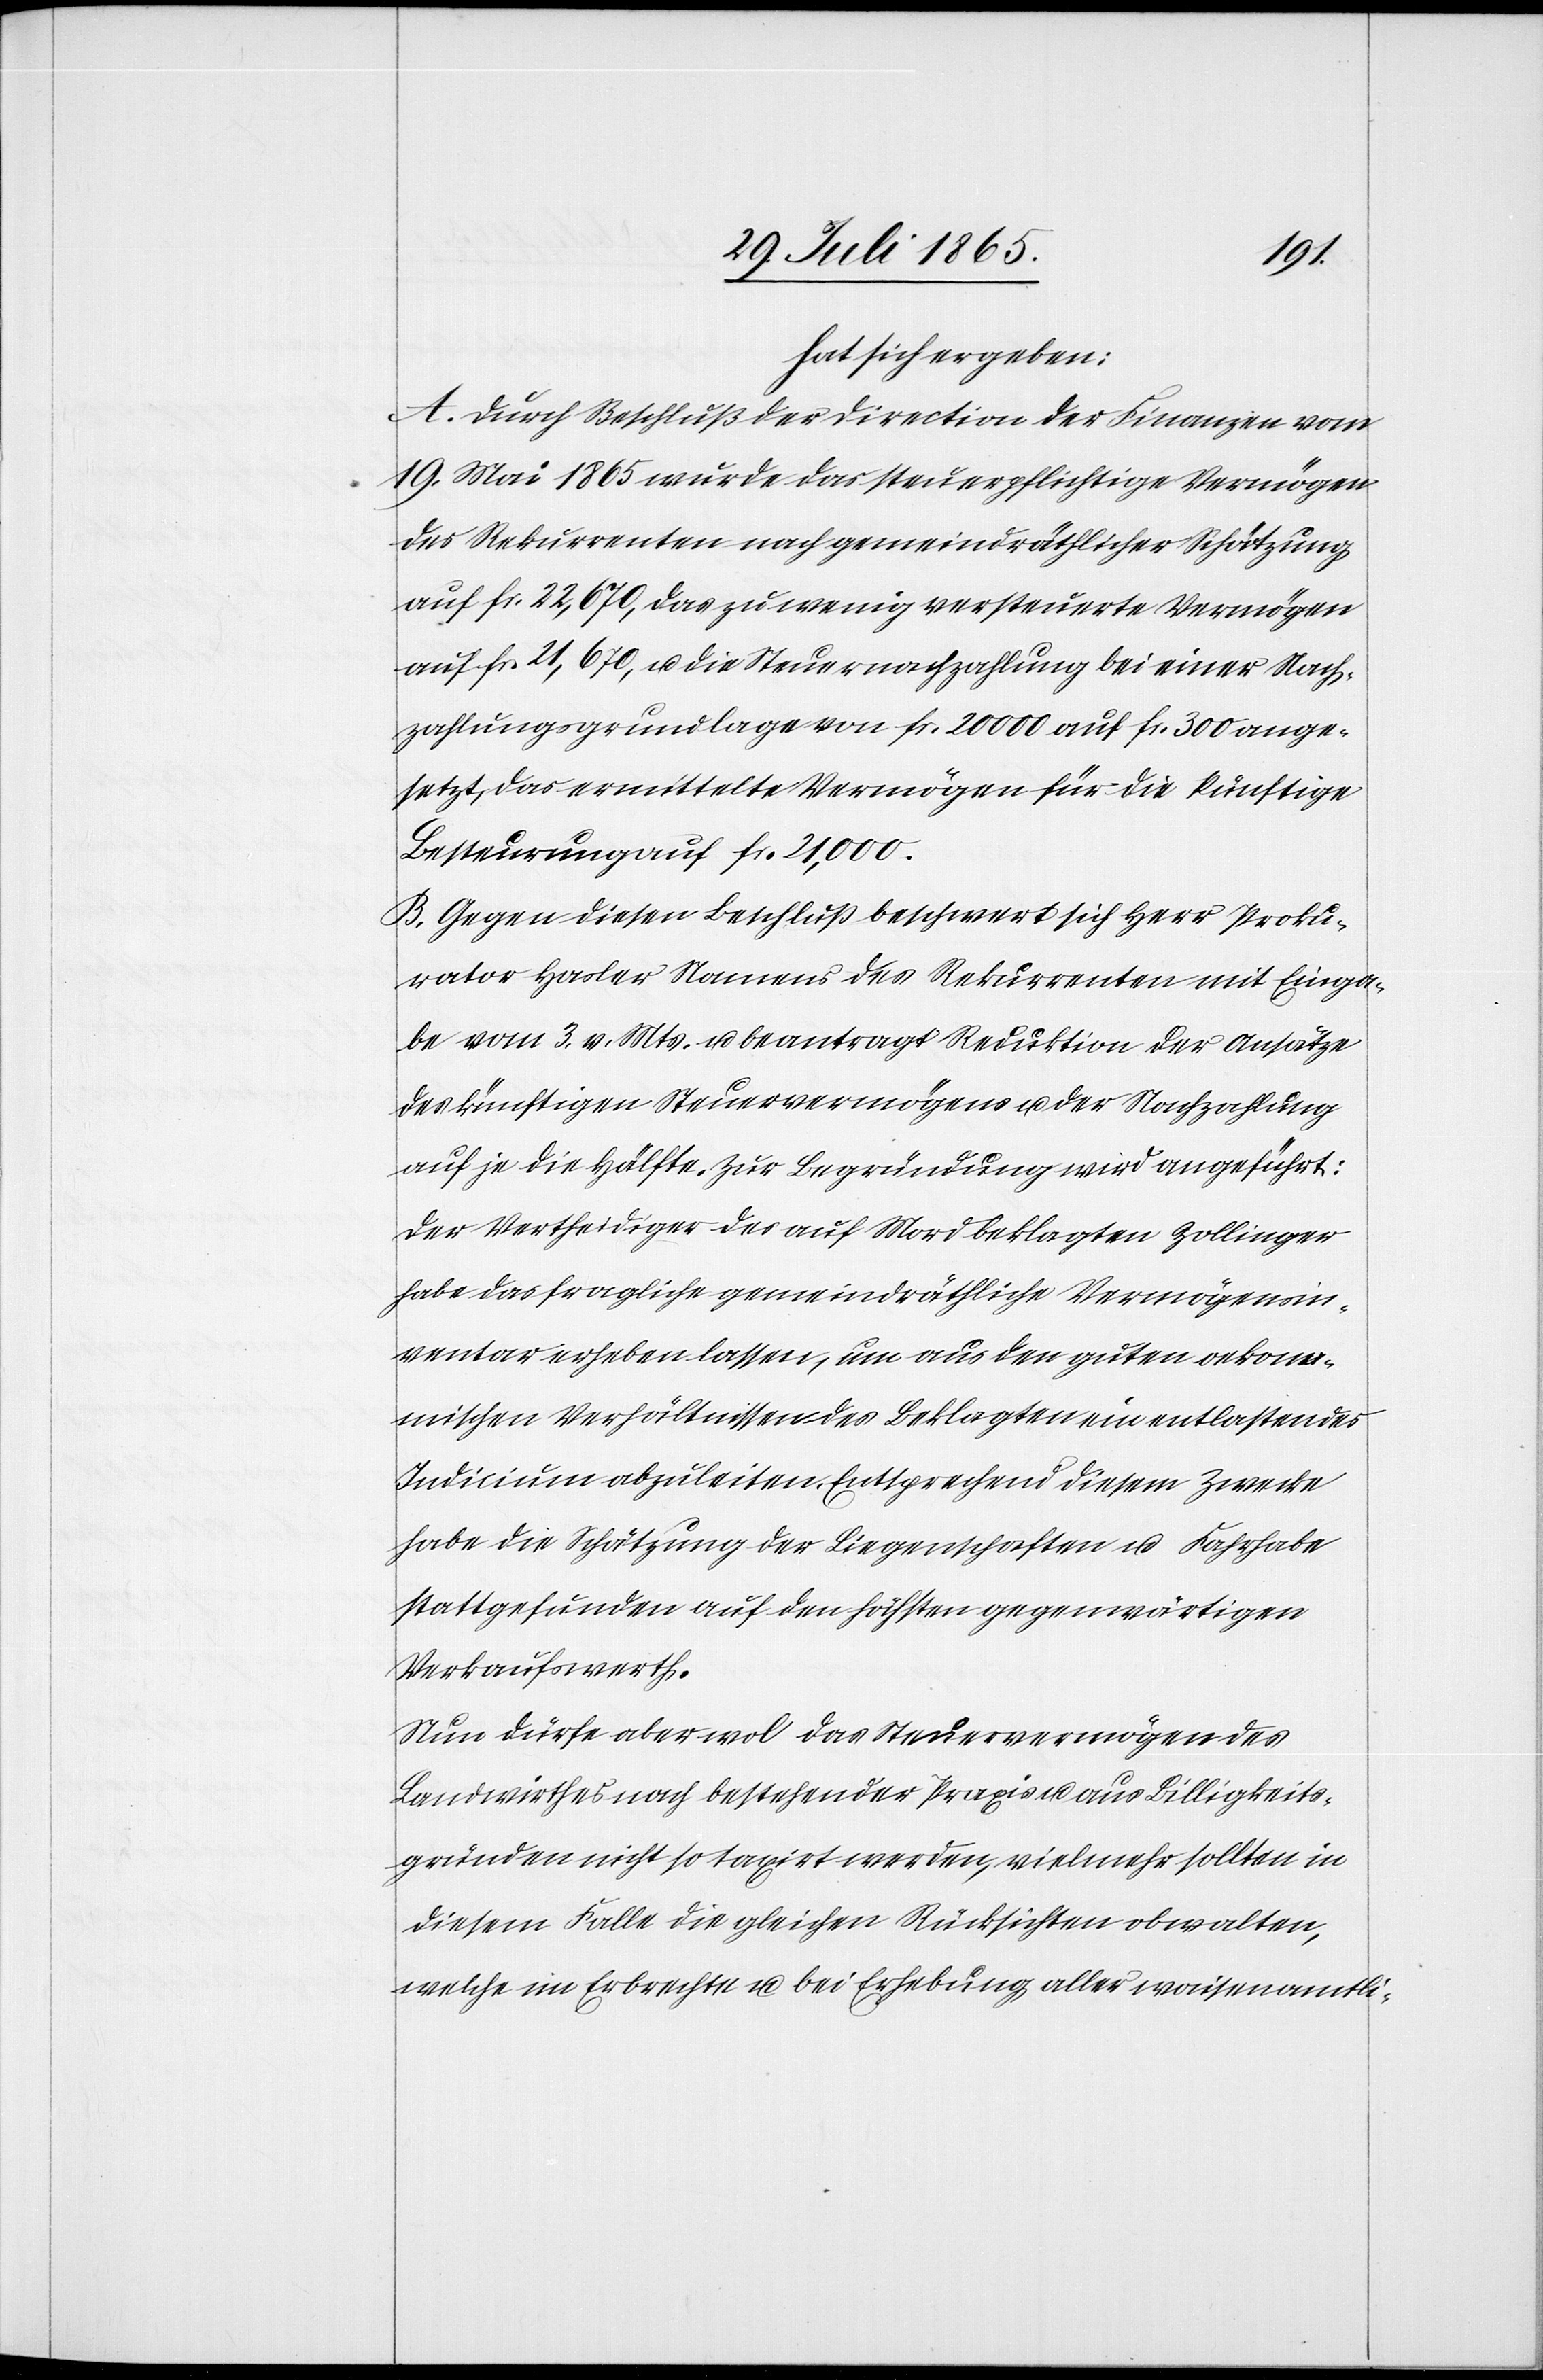
hat sich ergeben:
A. Durch Beschluß der Direction der Finanzen vom
19. Mai 1865 wurde das steuerpflichtige Vermögen
des Rekurrenten nach gemeindräthlicher Schätzung
auf fr. 22,670, das zu wenig versteuerte Vermögen
auf fr. 21,670, u. die Steuernachzahlung bei einer Nach¬
zahlungsgrundlage von fr. 20 000 auf fr. 300 ange¬
setzt, das ermittelte Vermögen für die künftige
Besteurung auf fr. 21,000.
B. Gegen diesen Beschluß beschwert sich Herr Proku¬
rator Hasler Namens des Rekurrenten mit Einga¬
be vom 3. v. Mts. u. beantragt Reduktion der Ansätze
des künftigen Steuervermögens u. der Nachzahlung
auf je die Hälfte. Zur Begründung wird angeführt:
Der Vertheidiger des auf Mord beklagten Zollinger
habe das fragliche gemeindräthliche Vermögensin¬
ventar erheben lassen, um aus den guten oekono¬
mischen Verhältnissen des Beklagten ein entlastendes
Indicium abzuleiten. Entsprechend diesem Zwecke
habe die Schätzung der Liegenschaften u. Fahrhabe
stattgefunden auf den höchsten gegenwärtigen
Verkaufswerth.
Nun dürfe aber wol das Steuervermögen des
Landwirthes nach bestehender Praxis u. aus Billigkeits¬
gründen nicht so taxirt werden, vielmehr sollten in
diesem Falle die gleichen Rücksichten obwalten,
welche im Erbrechte u. bei Erhebung aller waisenamtli-